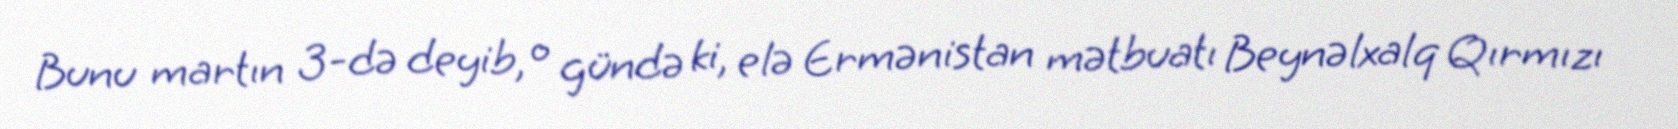
Bunu martın 3-də deyib, o gündə ki, elə Ermənistan mətbuatı Beynəlxalq Qırmızı